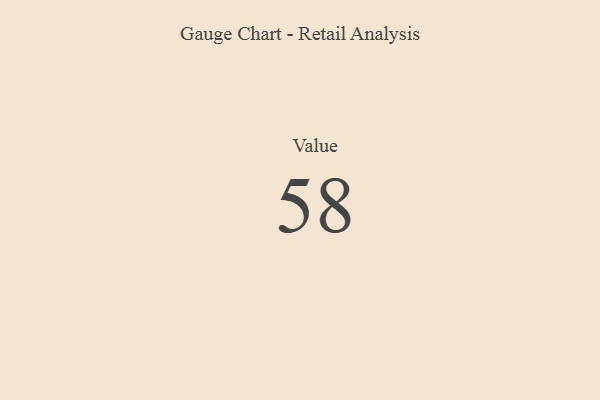
{"axis": {"x": "Metric", "y": "Value"}, "legend": [""], "data": [{"x": "Value", "y": 58, "type": ""}]}